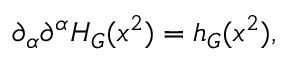
\partial _ { \alpha } \partial ^ { \alpha } H _ { G } ( x ^ { 2 } ) = h _ { G } ( x ^ { 2 } ) ,